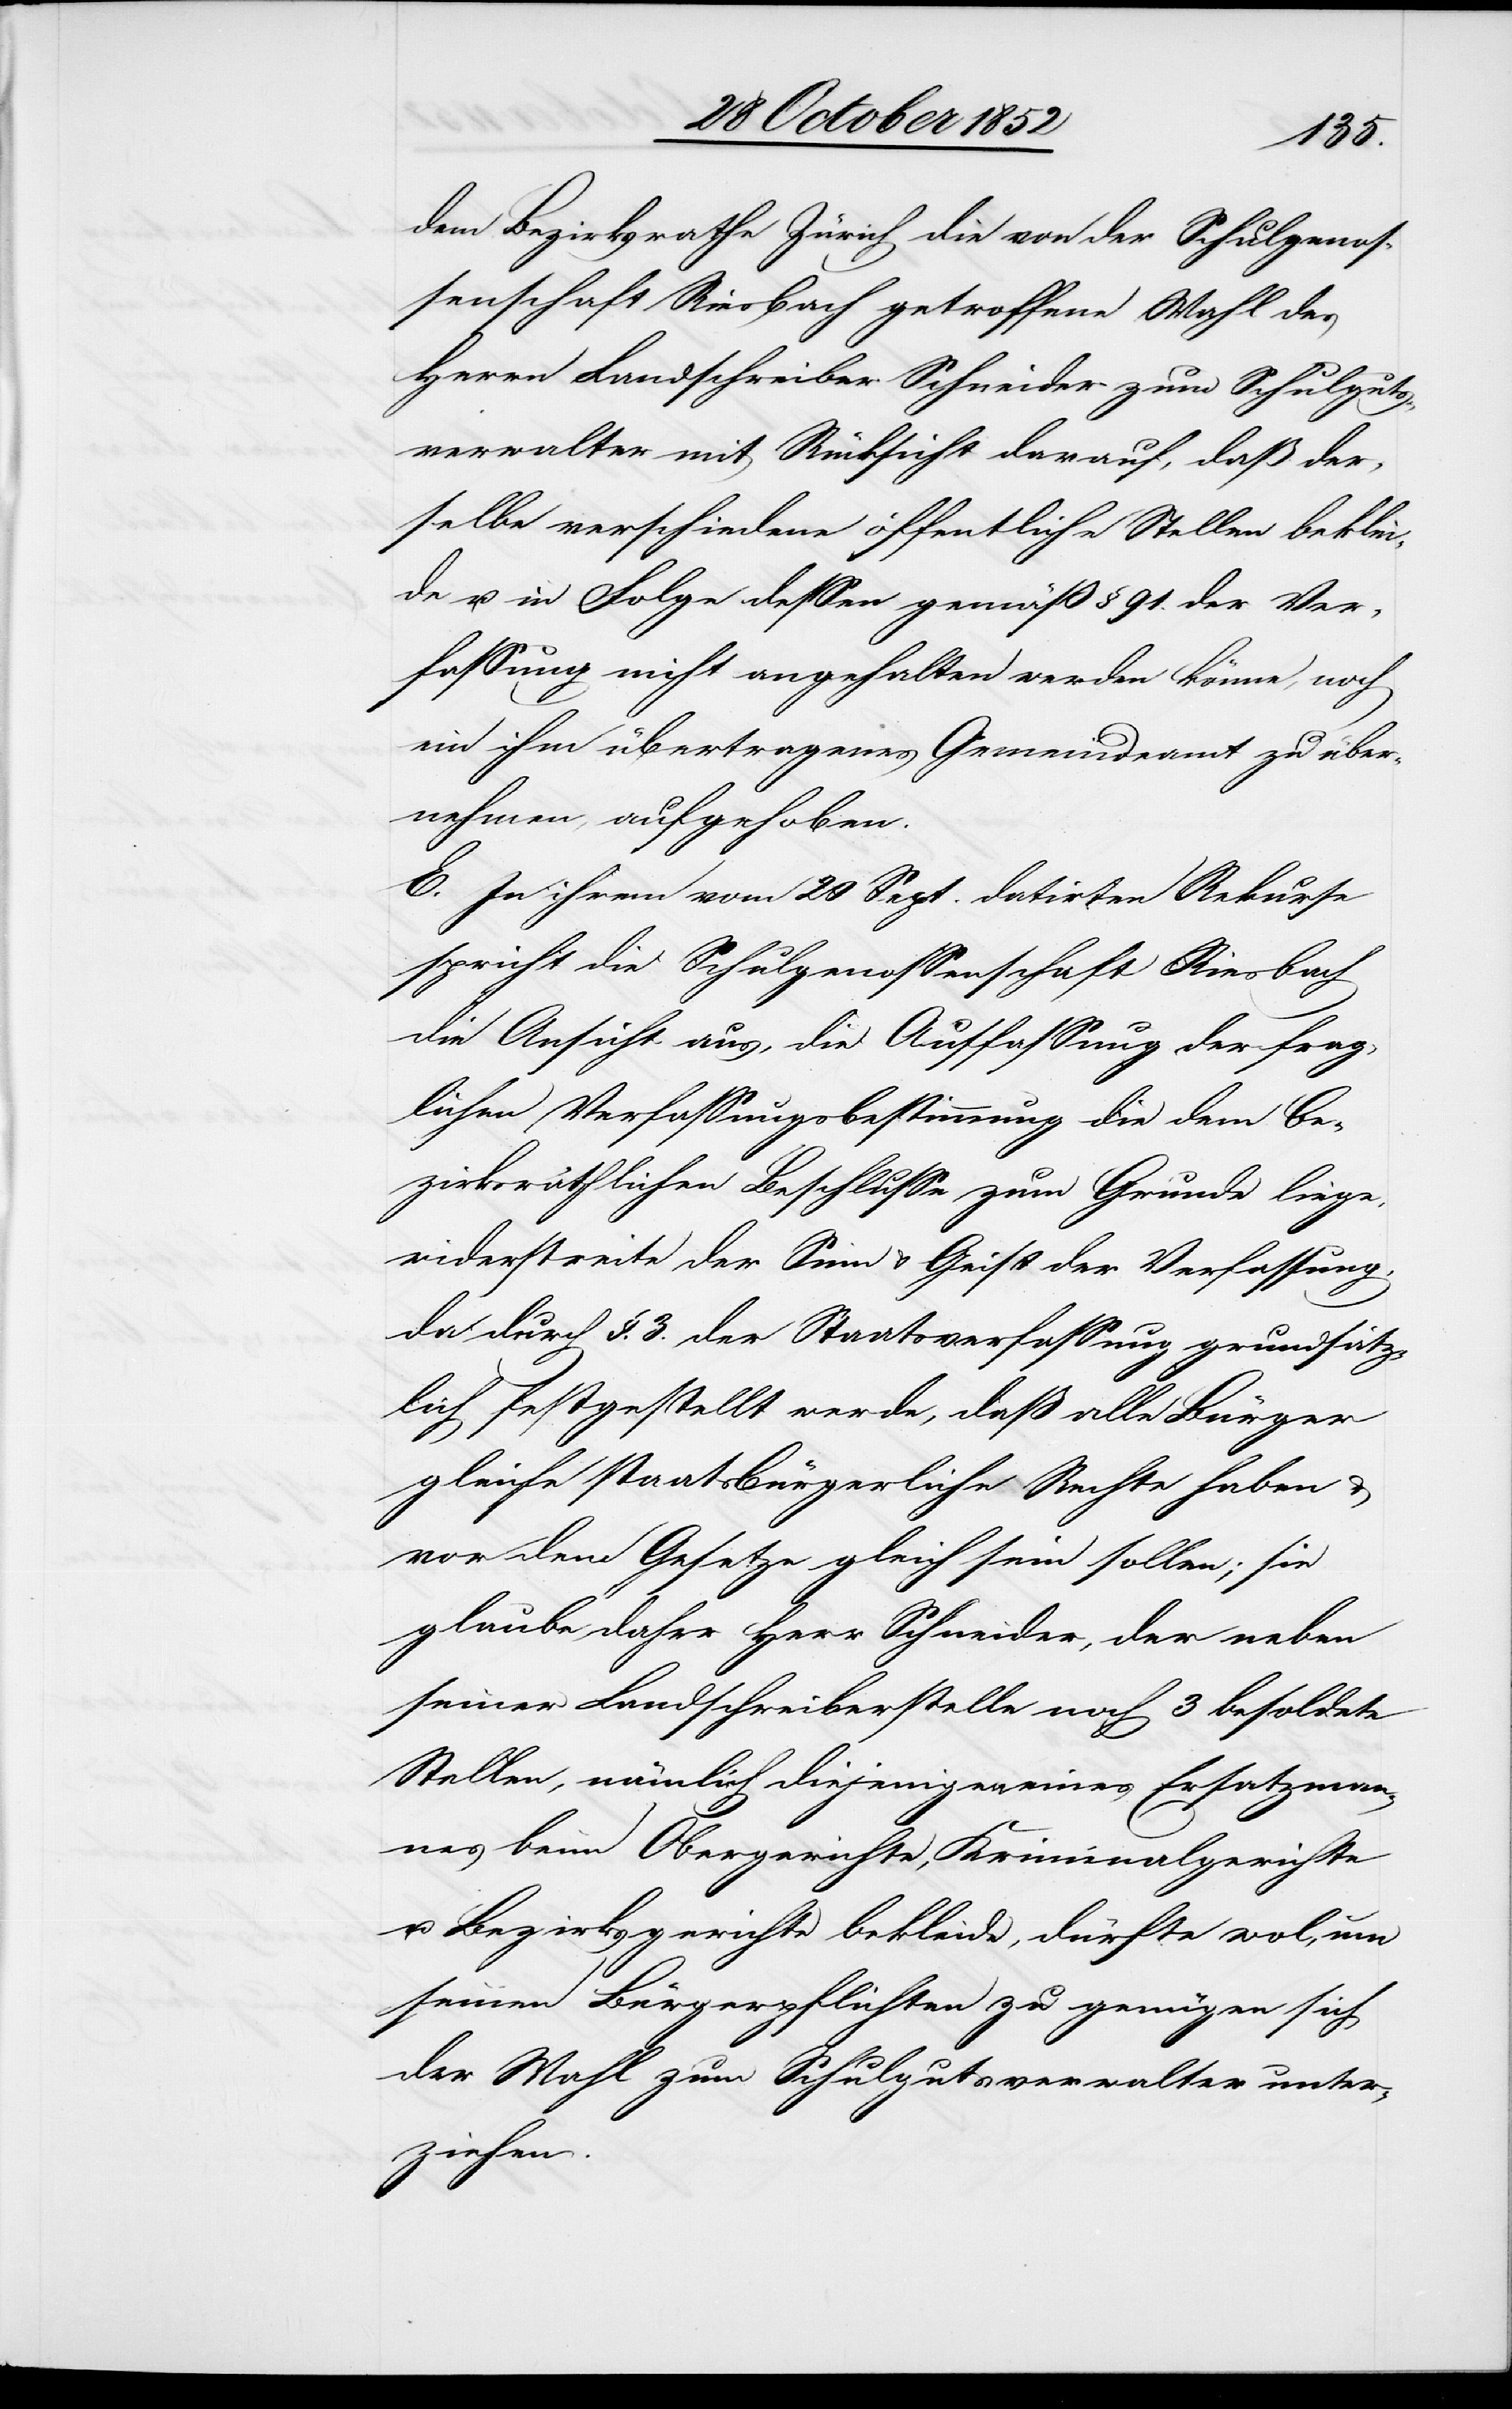
dem Bezirksrathe Zürich die von der Schulgenos¬
senschaft Riesbach getroffene Wahl des
Herrn Landschreiber Schneider zum Schulguts¬
verwalter mit Rücksicht darauf, daß der¬
selbe verschiedene öffentliche Stellen beklei¬
de u. in Folge dessen gemäß § 91. der Ver¬
fassung nicht angehalten werden könne, noch
ein ihm übertragenes Gemeindeamt zu über¬
nehmen, aufgehoben.
E. In ihrem vom 20 Sept. datirten Rekurse
spricht die Schulgenossenschaft Riesbach
die Ansicht aus, die Auffassung der frag¬
lichen Verfassungsbestimmung die dem be¬
zirksräthlichen Beschlusse zum Grunde liege,
widerstreite der Sinn & Geist der Verfassung,
da durch §. 3. der Staatsverfassung grundsätz¬
lich festgestellt werde, daß alle Bürger
gleiche staatsbürgerliche Rechte haben &
vor dem Gesetze gleich sein sollen; sie
glaube daher Herr Schneider, der neben
seiner Landschreiberstelle noch 3 besoldete
Stellen, nämlich diejenigen eines Ersatzman¬
nes beim Obergerichte, Kriminalgerichte
u. Bezirksgerichte bekleide, dürfte wol, um
seinen Bürgerpflichten zu genügen sich
der Wahl zum Schulgutsverwalter unter¬
ziehen.